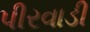
પીરવાડી